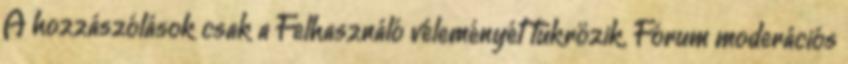
A hozzászólások csak a Felhasználó véleményét tükrözik. Fórum moderációs